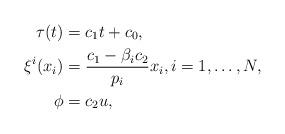
LaTeX: \begin{align*}\tau(t)&=c_1 t+c_0,\\\xi^i(x_i)&=\frac{c_1-\beta_i c_2}{p_i} x_i,i=1,\dots,N,\\\phi&=c_2u,\end{align*}